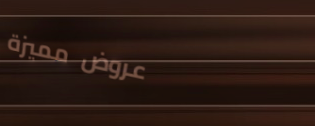
عروض مميزة